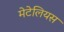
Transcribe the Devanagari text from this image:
मेटेलियस